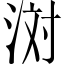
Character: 𪶊